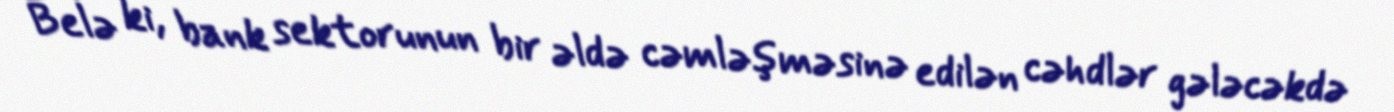
Belə ki, bank sektorunun bir əldə cəmləşməsinə edilən cəhdlər gələcəkdə